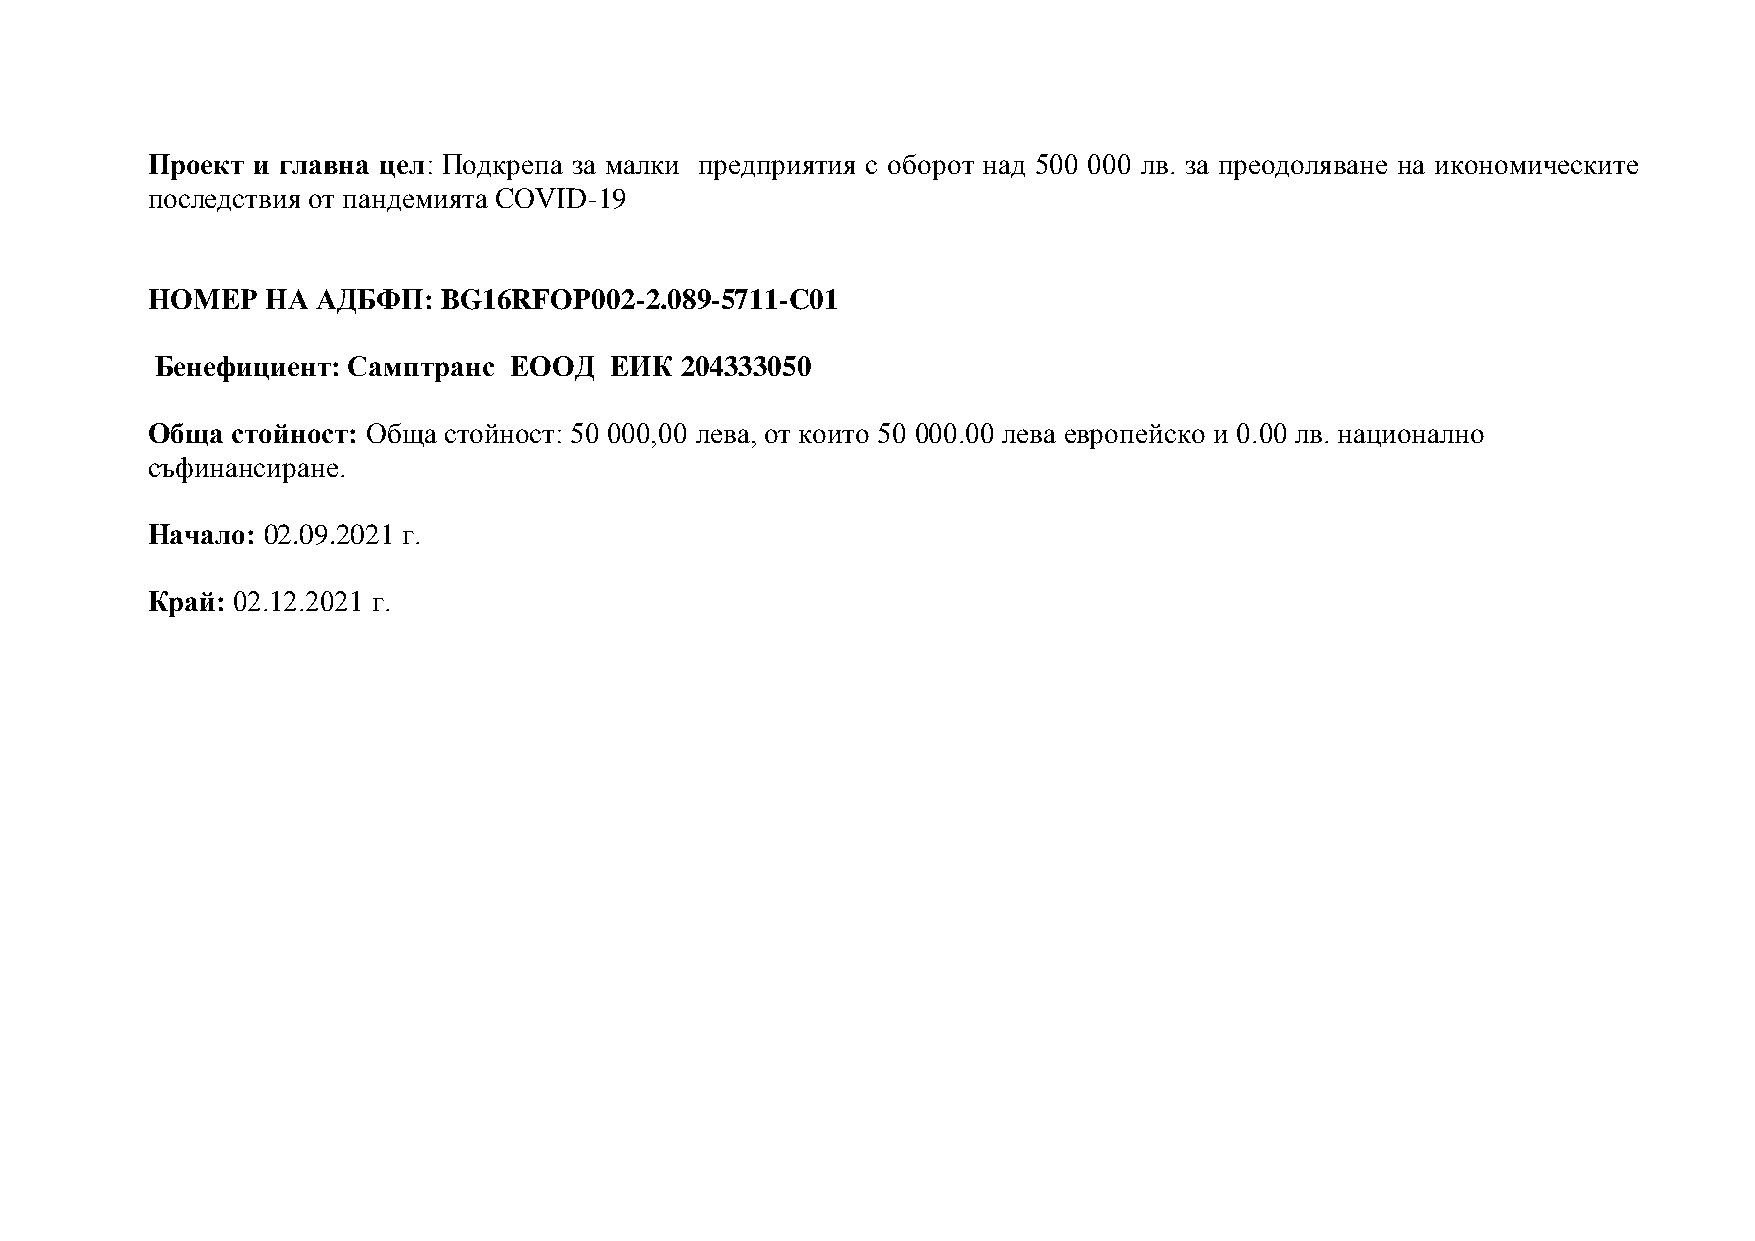
Проект и главна цел: Подкрепа за малки предприятия с оборот над 500 000 лв. за преодоляване на икономическите
 последствия от пандемията COVID-19
 НОМЕР   НА АДБФП:  BG16RFOP002-2.089-5711-C01
 Бенефициент: Самптранс  ЕООД  ЕИК  204333050
 Обща стойност: Обща стойност: 50 000,00 лева, от които 50 000.00 лева европейско и 0.00 лв. национално
 съфинансиране.
 Начало: 02.09.2021 г.
 Край: 02.12.2021 г.